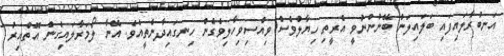
އަނބުރާލައިފައި ބަލައިލަން ބޭނުންނުވީ އެރީތި ހިޔާލުވެސް ވިއްސިވިހާލިވެގެން ހިނގައިދާނެތީއެވެ. އޭނާ ލޯމަރާލައިގެން އޮތްއިރު